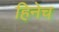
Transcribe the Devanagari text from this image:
हिनेच